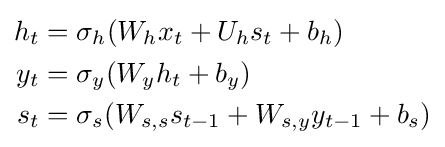
{\begin{aligned}h_{t}&=\sigma _{h}(W_{h}x_{t}+U_{h}s_{t}+b_{h})\\y_{t}&=\sigma _{y}(W_{y}h_{t}+b_{y})\\s_{t}&=\sigma _{s}(W_{s,s}s_{t-1}+W_{s,y}y_{t-1}+b_{s})\end{aligned}}